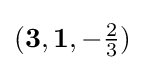
({\mathbf {3} },\mathbf {1} ,-\textstyle {\frac {2}{3}})